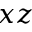
x z